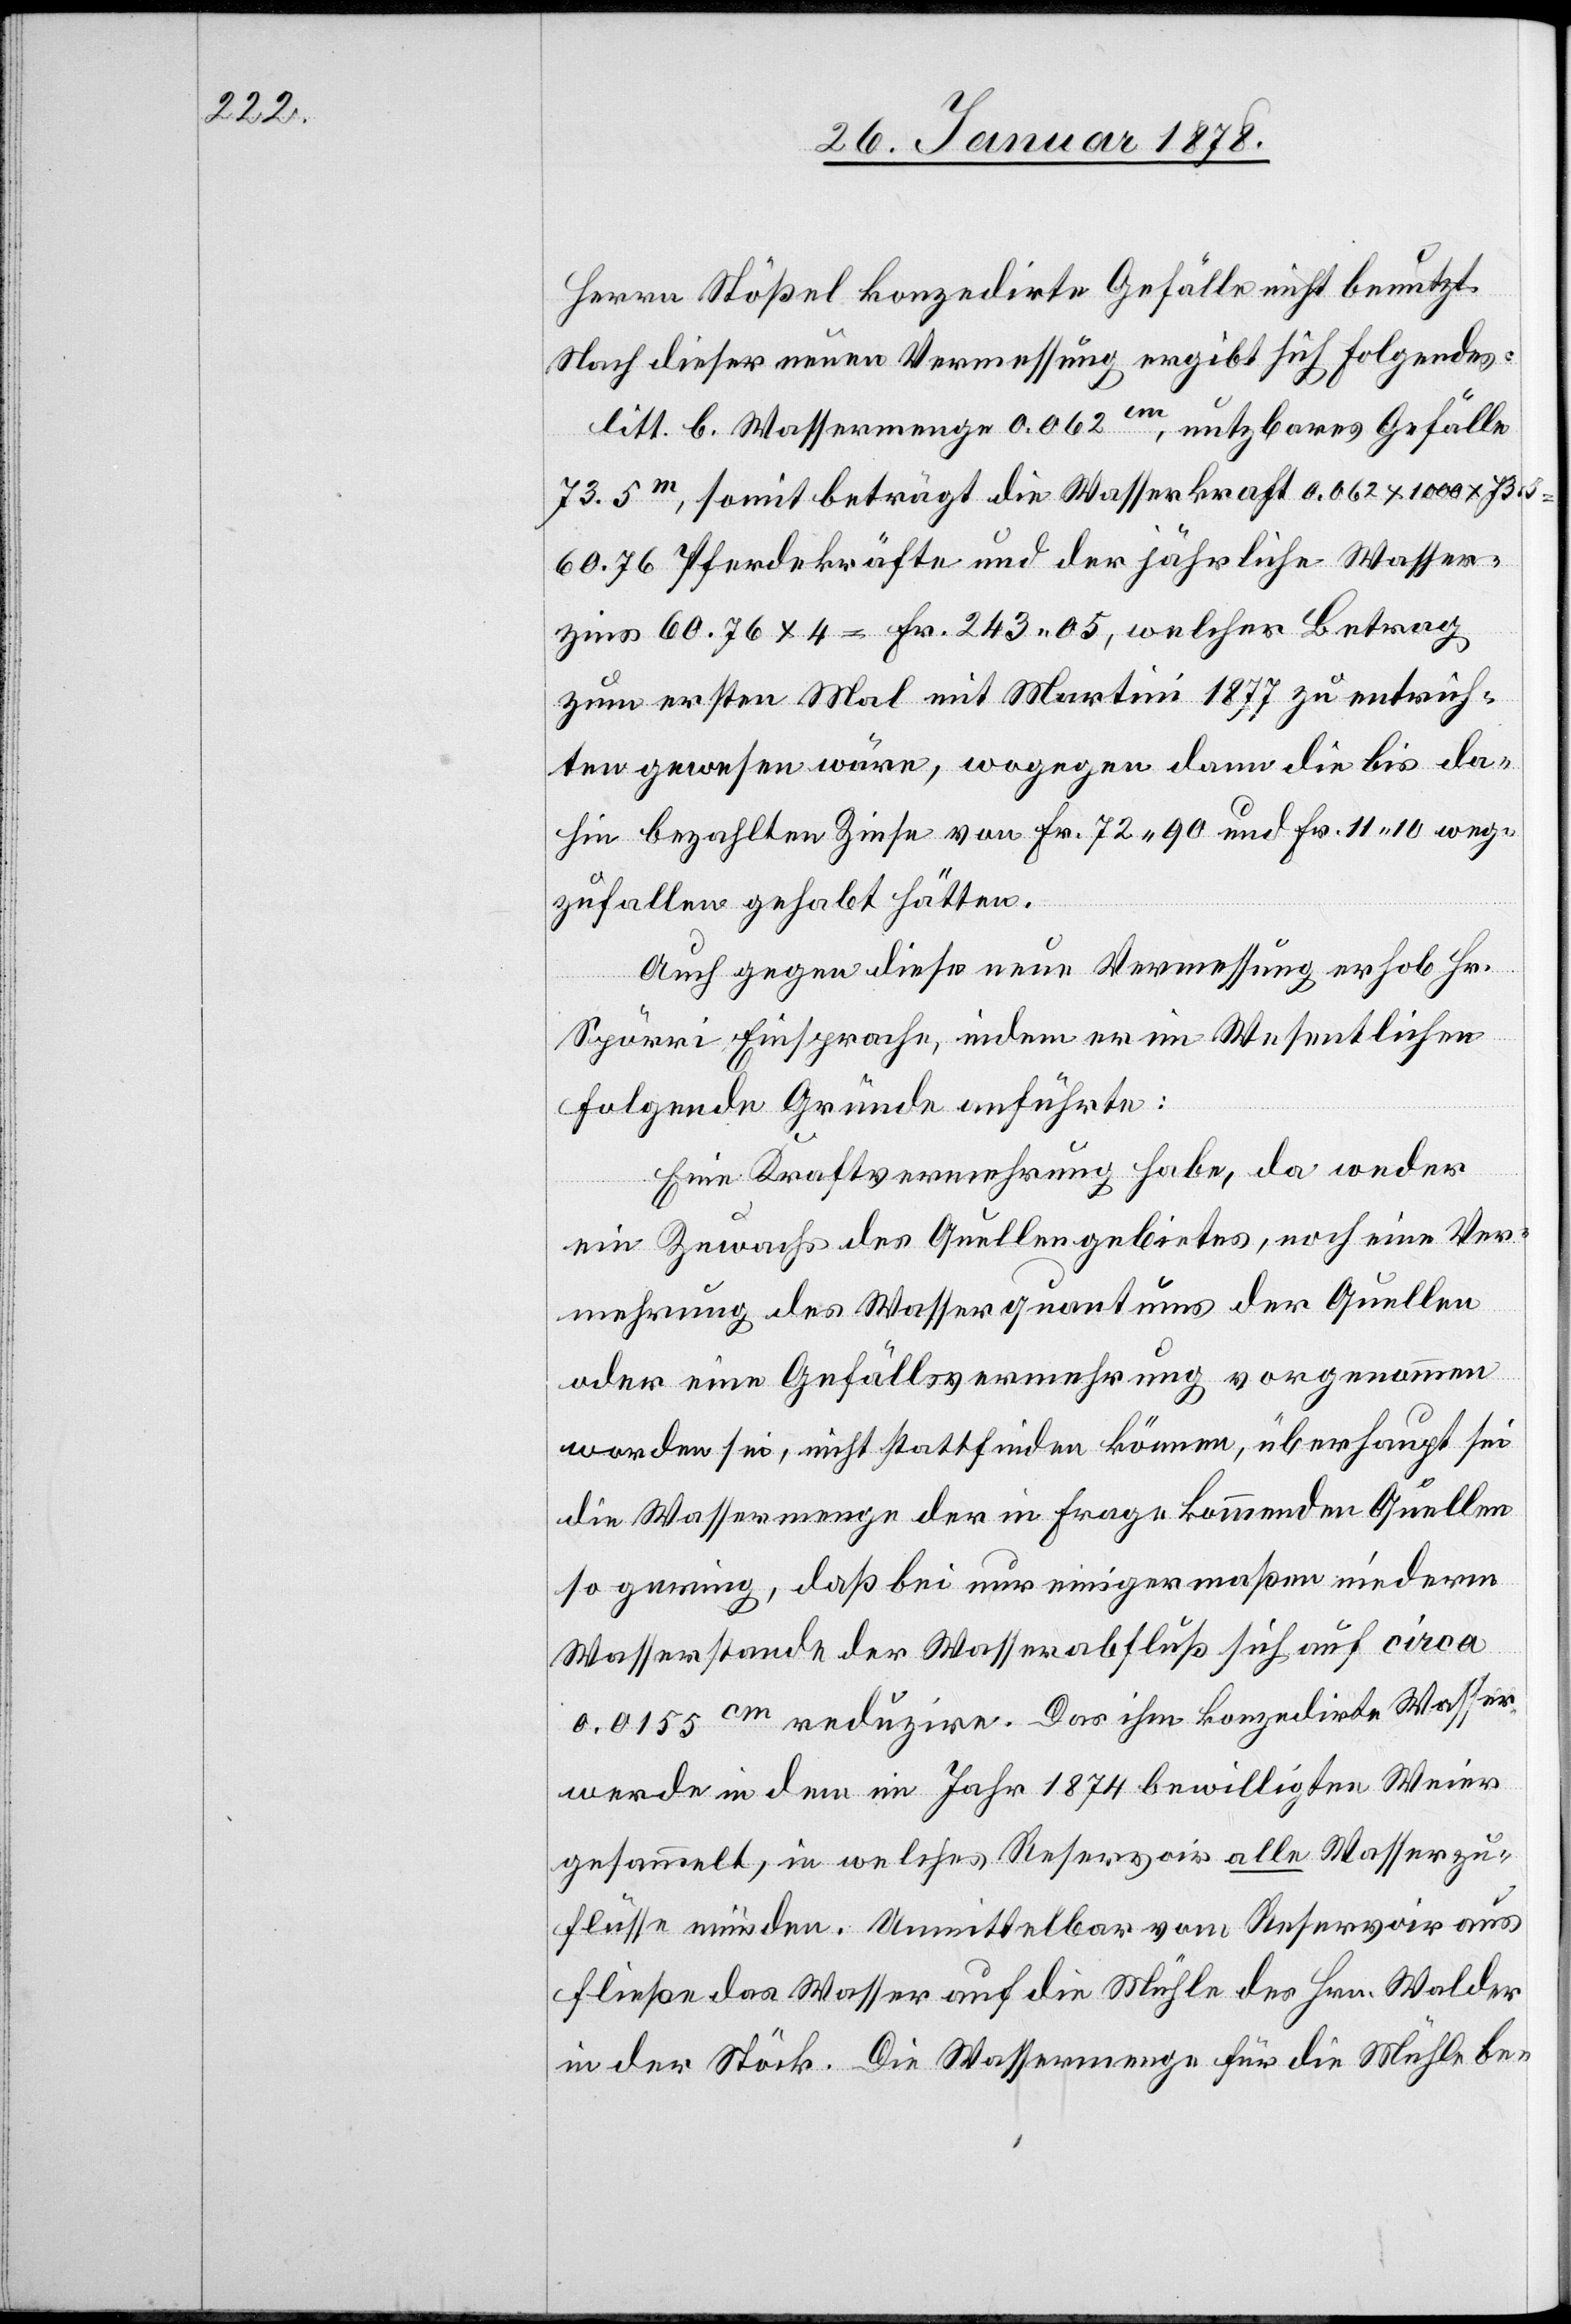
Herren Stößel konzedirte Gefälle nicht benutzt.
Nach dieser neuen Vermessung ergibt sich folgendes:
litt. b. Wassermenge 0.062 cm, nutzbares Gefälle
73.5 m, somit beträgt die Wasserkraft 0.062 x 1000 x 73.5
60.76 Pferdekräfte und der jährliche Wasser¬
zins 60.76 x 4 = Fr. 243.05, welcher Betrag
zum ersten Mal mit Martini 1877 zu entrich¬
ten gewesen wäre, wogegen dann die bis da¬
hin bezahlten Zinse von Fr. 72.90 und Fr. 11.10 weg¬
zufallen gehabt hätten.
Auch gegen diese neue Vermessung erhob Hr.
Spörri Einsprache, indem er im Wesentlichen
folgende Gründe anführte:
Eine Kraftvermehrung habe, da weder
ein Zuwachs des Quellengebietes, noch eine Ver¬
mehrung des Wasserquantums der Quellen
oder eine Gefällsvermehrung vorgenommen
worden sei, nicht stattfinden können, überhaupt sei
die Wassermenge der in Frage kommenden Quellen
so gering, daß bei nur einigermaßen niederm
Wasserstande der Wasserabfluß sich auf circa
0.0155 cm reduzire. Das ihm konzedirte Wasser
werde in dem im Jahr 1874 bewilligten Weier
gesammelt, in welches Reservoir alle Wasserzu¬
flüsse münden. Unmittelbar vom Reservoir aus
fließe das Wasser auf die Mühle des Hrn. Walder
in der Stöck. Die Wassermenge für die Mühle be-